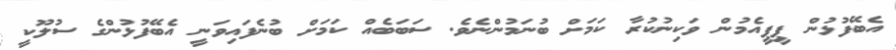
އެބޭފުޅުން ޕީޕީއެމުން ވަކިނުކުރާ ކަމަށް ބުނަމުންނެވެ. ސަބަބެއް ކަމަށް ބުނެފައިވަނީ އެބޭފުޅުންގެ ސުލޫކީ